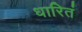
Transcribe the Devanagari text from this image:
धारितं